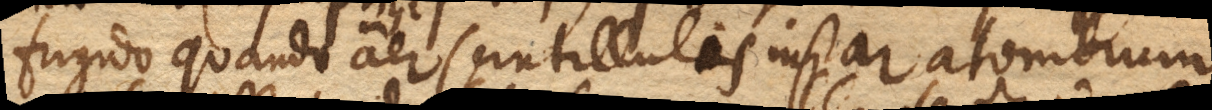
frigido quando aer scintillulis instar atomorum